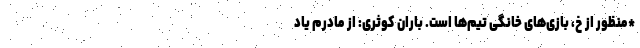
*منظور از خ، بازی‌های خانگی تیم‌ها است. باران کوثری: از مادرم یاد